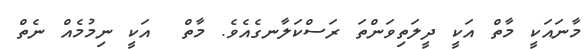
މާނައަކީ މާތް އަކީ ދީލަތިވަންތަ ރަސްކަލާނގެއެވެ. މާތް  އަކީ ނިމުމެއް ނެތް